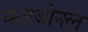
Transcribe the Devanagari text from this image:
कारबोनल